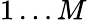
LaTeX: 1\ldots M